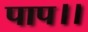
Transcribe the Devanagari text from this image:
पाप।।